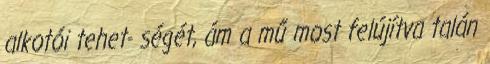
alkotói tehet- ségét, ám a mű most felújítva talán